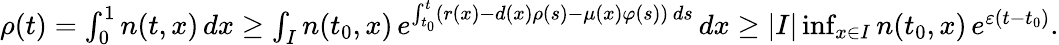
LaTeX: \begin{array}{r}{\rho(t)=\int_{0}^{1}n(t,x)\, dx\geq\int_{I}n(t_{0},x)\, e^{\int_{t_{0}}^{t}\left(r(x)-d(x)\rho(s)-\mu(x)\varphi(s)\right)\, ds}\, dx\geq|I|\operatorname*{inf}_{x\in I}n(t_{0},x)\, e^{\varepsilon(t-t_{0})}.}\end{array}